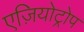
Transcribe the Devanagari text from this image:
एज़ियोट्रोप